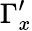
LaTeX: \Gamma_{x}^{\prime}